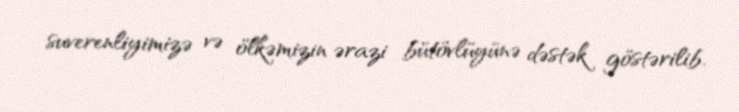
suverenliyimizə və ölkəmizin ərazi bütövlüyünə dəstək göstərilib.